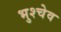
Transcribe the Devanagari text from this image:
भुश्चेव